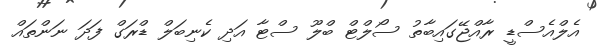
އެލްއެސްޑީ ރާއްޖޭގައިބާތު ސޯލްޓް ބްލޫ ސްޓާ އަދި ކެނިބަލް ޑްރަގް ފަދަ ނަންތައް